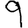
Digit: 9